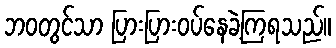
ဘဝတွင်သာ ပြားပြားဝပ်နေခဲ့ကြရသည်။